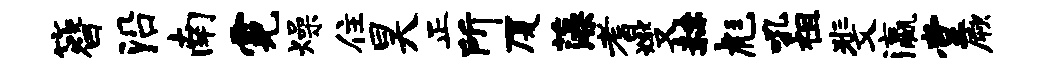
簪沿南霓燥住昊正所厦藻耆燮赫彪吼祖斐瀛堂厥